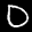
Label: 0